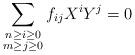
LaTeX: \begin{align*}\sum_{\substack{n\geq i\geq 0\\ m\geq j\geq 0}}f_{ij}X^iY^j=0\end{align*}